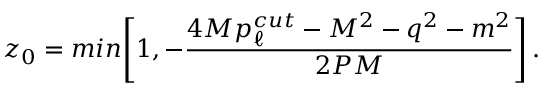
z _ { 0 } = m i n \Bigg [ 1 , - { \frac { 4 M p _ { \ell } ^ { c u t } - M ^ { 2 } - q ^ { 2 } - m ^ { 2 } } { 2 P M } } \Bigg ] \, .